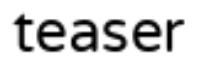
teaser